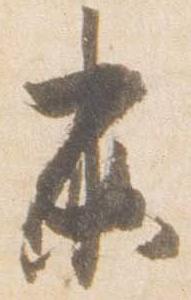
未